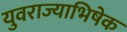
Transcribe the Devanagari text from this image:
युवराज्याभिषेक